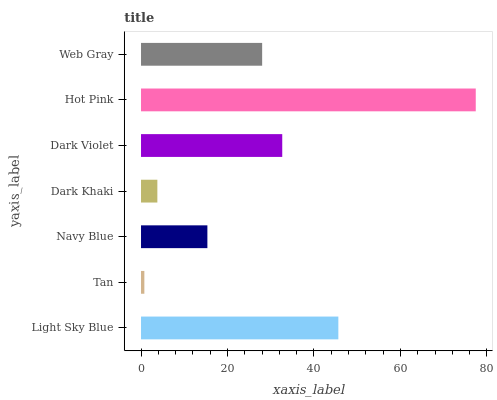
| yaxis_label | bars |
 | --- | --- |
 | Light Sky Blue | 45.6 |
 | Tan | 0.774 |
 | Navy Blue | 15.4 |
 | Dark Khaki | 3.78 |
 | Dark Violet | 32.7 |
 | Hot Pink | 77.4 |
 | Web Gray | 28 |